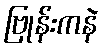
ဗြုန်းကနဲ